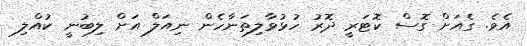
އެވެ. ގެއަށް ގޮސް ކޮޓަރީ ދޮރު ހުޅުވާލިތަނާހެން ނިއަލް އަށް ލިބުނީ ކުއްލި